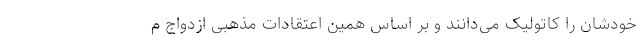
خودشان را کاتولیک می‌دانند و بر اساس همین اعتقادات مذهبی ازدواج م